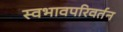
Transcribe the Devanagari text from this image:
स्वभावपरिवर्तन